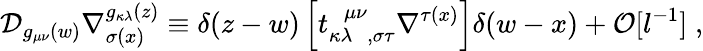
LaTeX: {\cal D}_{g_{\mu\nu}(w)}\nabla_{\sigma(x)}^{g_{\kappa\lambda}(z)}\equiv\delta(z-w)\left[t_{\kappa\lambda\ \ \ ,\sigma\tau}^{\ \ \ \mu\nu}\nabla^{\tau(x)}\right]\delta(w-x)+{\cal O}[l^{-1}]\; ,